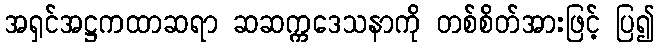
အရှင်အဋ္ဌကထာဆရာ ဆဆက္ကဒေသနာကို တစ်စိတ်အားဖြင့် ပြ၍